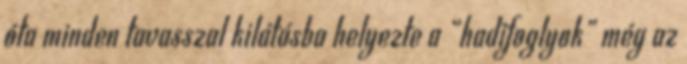
óta minden tavasszal kilátásba helyezte a “hadifoglyok” még az